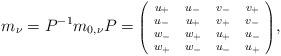
LaTeX: \begin{align*} m_{\nu}=P^{-1}m_{0,\nu}P=\mbox{\scriptsize $\left(\!\begin{array}{cccc} u_{+}&u_{-}&v_{-}&v_{+}\\ u_{-}&u_{+}&v_{+}&v_{-}\\w_{-}&w_{+}&u_{+}&u_{-}\\ w_{+}&w_{-}&u_{-}&u_{+}\end{array}\!\right)$},\end{align*}